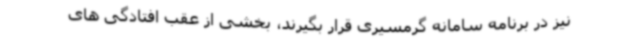
نیز در برنامه سامانه گرمسیری قرار بگیرند، بخشی از عقب افتادگی های